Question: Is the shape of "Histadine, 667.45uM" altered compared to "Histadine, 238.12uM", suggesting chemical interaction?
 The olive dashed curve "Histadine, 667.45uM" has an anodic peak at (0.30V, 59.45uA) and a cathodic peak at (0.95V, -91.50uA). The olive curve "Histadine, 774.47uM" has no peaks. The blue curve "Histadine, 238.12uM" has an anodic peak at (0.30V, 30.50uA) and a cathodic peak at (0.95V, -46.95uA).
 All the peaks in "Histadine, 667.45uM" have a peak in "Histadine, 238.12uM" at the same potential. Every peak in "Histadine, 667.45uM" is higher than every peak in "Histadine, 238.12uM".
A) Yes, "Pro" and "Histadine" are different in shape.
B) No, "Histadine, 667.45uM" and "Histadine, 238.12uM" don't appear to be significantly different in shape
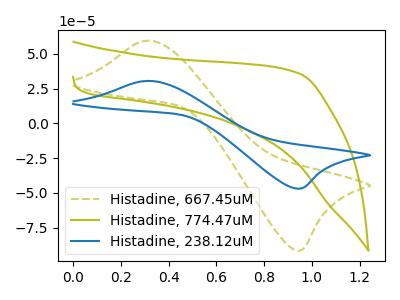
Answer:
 <answer>B) No, "Histadine, 667.45uM" and "Histadine, 238.12uM" don't appear to be significantly different in shape</answer>
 <eval>B</eval>